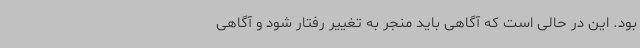
بود. این در حالی است که آگاهی باید منجر به تغییر رفتار شود و آگاهی